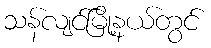
သန်လျင်မြို့နယ်တွင်